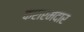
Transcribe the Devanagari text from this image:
करारमदार